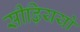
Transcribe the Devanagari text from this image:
सीढ़िययों